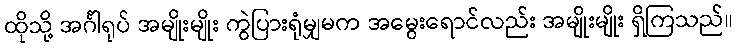
ထိုသို့ အင်္ဂါရုပ် အမျိုးမျိုး ကွဲပြားရုံမျှမက အမွေးရောင်လည်း အမျိုးမျိုး ရှိကြသည်။